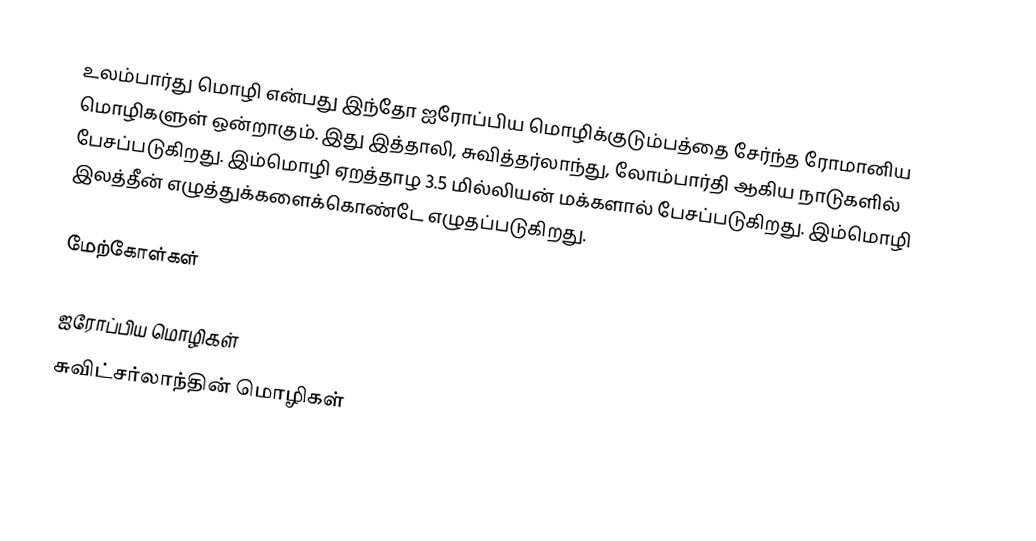
உலம்பார்து மொழி என்பது இந்தோ ஐரோப்பிய மொழிக்குடும்பத்தை சேர்ந்த ரோமானிய மொழிகளுள் ஒன்றாகும். இது இத்தாலி, சுவித்தர்லாந்து, லோம்பார்தி ஆகிய நாடுகளில் பேசப்படுகிறது. இம்மொழி ஏறத்தாழ 3.5 மில்லியன் மக்களால் பேசப்படுகிறது. இம்மொழி இலத்தீன் எழுத்துக்களைக்கொண்டே எழுதப்படுகிறது.

மேற்கோள்கள்

ஐரோப்பிய மொழிகள்
சுவிட்சர்லாந்தின் மொழிகள்